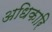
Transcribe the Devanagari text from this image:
अधिकारि